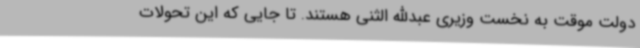
دولت موقت به نخست وزیری عبدالله الثنی هستند. تا جایی که این تحولات